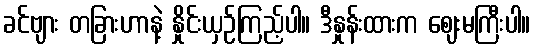
ခင်ဗျား တခြားဟာနဲ့ နှိုင်းယှဉ်ကြည့်ပါ။ ဒီနှုန်းထားက ဈေးမကြီးပါ။